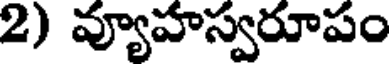
2) వ్యూహస్వరూపం